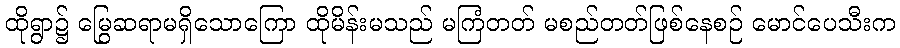
ထိုရွာ၌ မြွေဆရာမရှိသောကြော ထိုမိန်းမသည် မကြံတတ် မစည်တတ်ဖြစ်နေစဉ် မောင်ပေသီးက